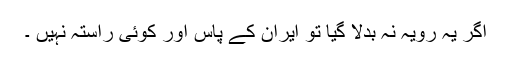
اگر یہ رویہ نہ بدلا گیا تو ایران کے پاس اور کوئی راستہ نہیں ۔